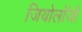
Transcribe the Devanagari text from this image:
जियोलाॅजी